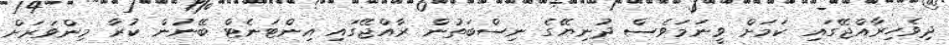
ދިވެހިރާއްޖޭގައި ކަމަށް ވީނަމަވެސް ދުނިޔޭގެ ނިސްބަތުން ރާއްޖޭގައި އިންޓަނެޓް ބޭނުން ކުރާ މިންވަރަށް